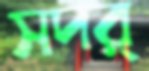
সদর্